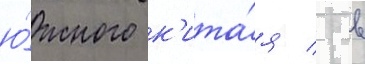
ю́жного к'ита́я / в